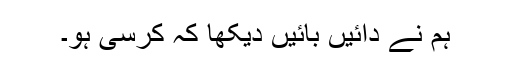
ہم نے دائیں بائیں دیکھا کہ کرسی ہو۔